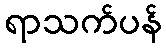
ရာသက်ပန်